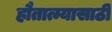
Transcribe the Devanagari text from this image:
हौतात्म्यासाठी